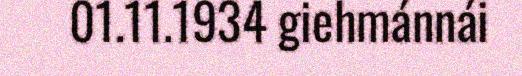
01.11.1934 giehmánnái